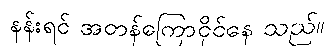
နန်းရင် အတန်ကြောငိုင်နေ သည်။